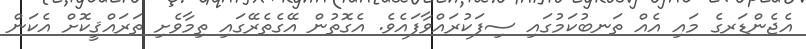
އެޖެންޑަރގެ މައި އެއް ތަނބުކަމުގައި ސިފަކުރައްވާފައެވެ. އެގޮތުން އޭގެތެރޭގައި ތިމާވެށި ތަރައްޤީކޮށް އެކަން